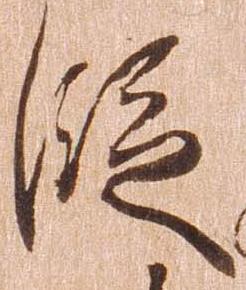
段